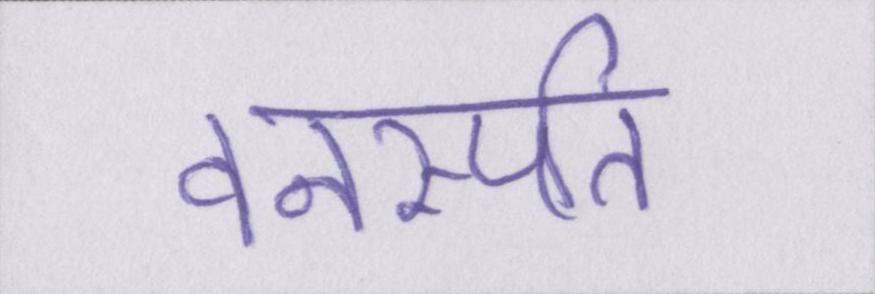
वनस्पति